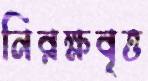
নিরক্ষবৃত্ত